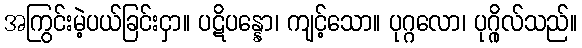
အကြွင်းမဲ့ပယ်ခြင်းငှာ။ ပဋိပန္နော၊ ကျင့်သော။ ပုဂ္ဂလော၊ ပုဂ္ဂိုလ်သည်။